Scottish assistants in French and German schools and colleges, 1938
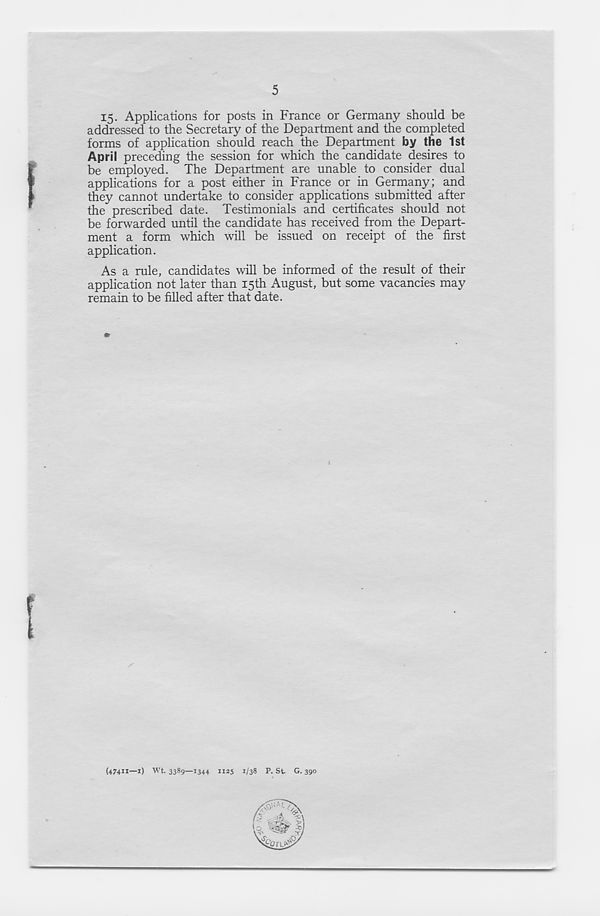
5
15. Applications for posts in France or Germany should be
addressed to the Secretary of the Department and the completed
forms of application should reach the Department by the 1st
April preceding the session for which the candidate desires to
be employed. The Department are unable to consider dual
applications for a post either in France or in Germany; and
they cannot undertake to consider applications submitted after
the prescribed date. Testimonials and certificates should not
be forwarded until the candidate has received from the Depart-
ment a form which will be issued on receipt of the first
application.
As a rule, candidates will be informed of the result of their
application not later than 15th August, but some vacancies may
remain to be filled after that date.
(47411—1)
Wt. 3389—1344
1125
1/38
P. St.
G. 390